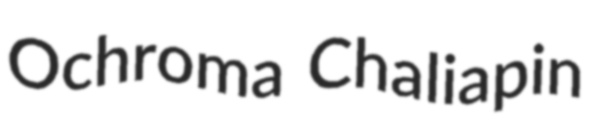
Ochroma Chaliapin